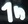
Text: 1n